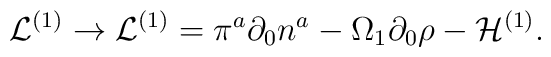
{\cal L}^{(1)}\rightarrow {\cal L}^{(1)} = \pi^{a}\partial_0{n}^{a}-\Omega_{1}\partial_0{\rho}-{\cal H}^{(1)}.